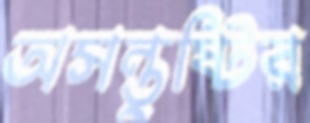
অসন্তুষ্টির